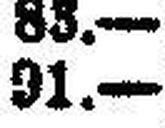
91.—